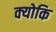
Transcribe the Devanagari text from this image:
क्‍योकि